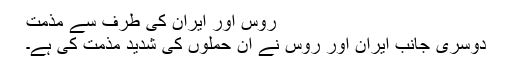
روس اور ایران کی طرف سے مذمت
دوسری جانب ایران اور روس نے ان حملوں کی شدید مذمت کی ہے۔